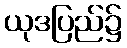
ယုဒပြည်၌